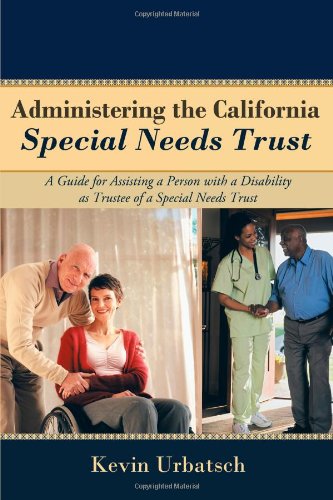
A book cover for Administering the California Special Needs Trust: A Guide for Assisting a Person with a Disability as Trustee of a Special Needs Trust; Kevin Urbatsch; Law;